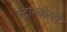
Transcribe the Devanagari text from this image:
स्ट्राम्बोली